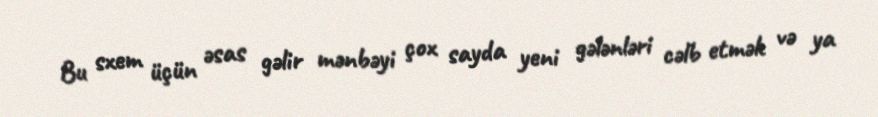
Bu sxem üçün əsas gəlir mənbəyi çox sayda yeni gələnləri cəlb etmək və ya